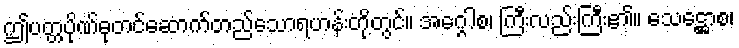
ဤပတ္တပိုဏ်ဓုတင်ဆောက်တည်သောရဟန်းတို့တွင်။ အဂ္ဂေါစ၊ ကြီးလည်းကြီး၏။ သေဋ္ဌောစ၊